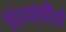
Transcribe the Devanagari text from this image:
विपक्षीयों